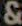
&